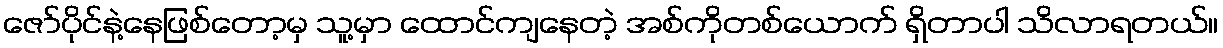
ဇော်ပိုင်နဲ့နေဖြစ်တော့မှ သူ့မှာ ထောင်ကျနေတဲ့ အစ်ကိုတစ်ယောက် ရှိတာပါ သိလာရတယ်။